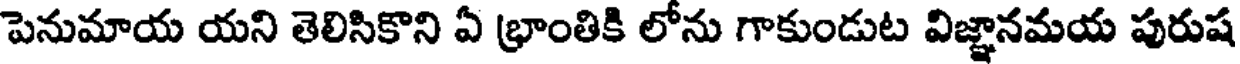
పెనుమాయ యని తెలిసికొని ఏ భ్రాంతికి లోను గాకుండుట విజ్ఞానమయ పురుష